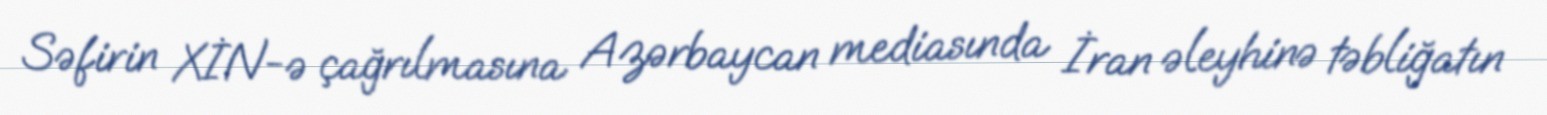
Səfirin XİN-ə çağrılmasına Azərbaycan mediasında İran əleyhinə təbliğatın